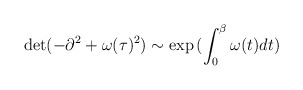
\begin{align*}\det(-\partial^2+\omega(\tau)^2) \sim \exp{( \int_{0}^{\beta} \omega(t) dt)}\end{align*}